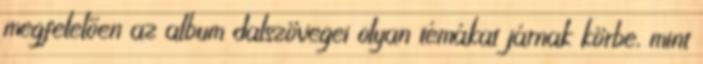
megfelelően az album dalszövegei olyan témákat járnak körbe, mint